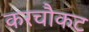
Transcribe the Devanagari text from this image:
करचौकट